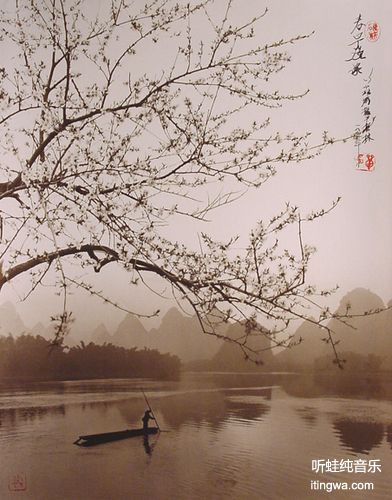
花谷依然，秀靥偷春小桃李。